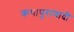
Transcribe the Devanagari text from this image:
कथापुराणादी